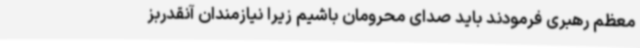
معظم رهبری فرمودند باید صدای محرومان باشیم زیرا نیازمندان آنقدربز